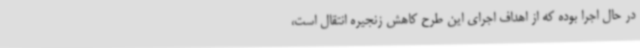
در حال اجرا بوده که از اهداف اجرای این طرح کاهش زنجیره انتقال است،